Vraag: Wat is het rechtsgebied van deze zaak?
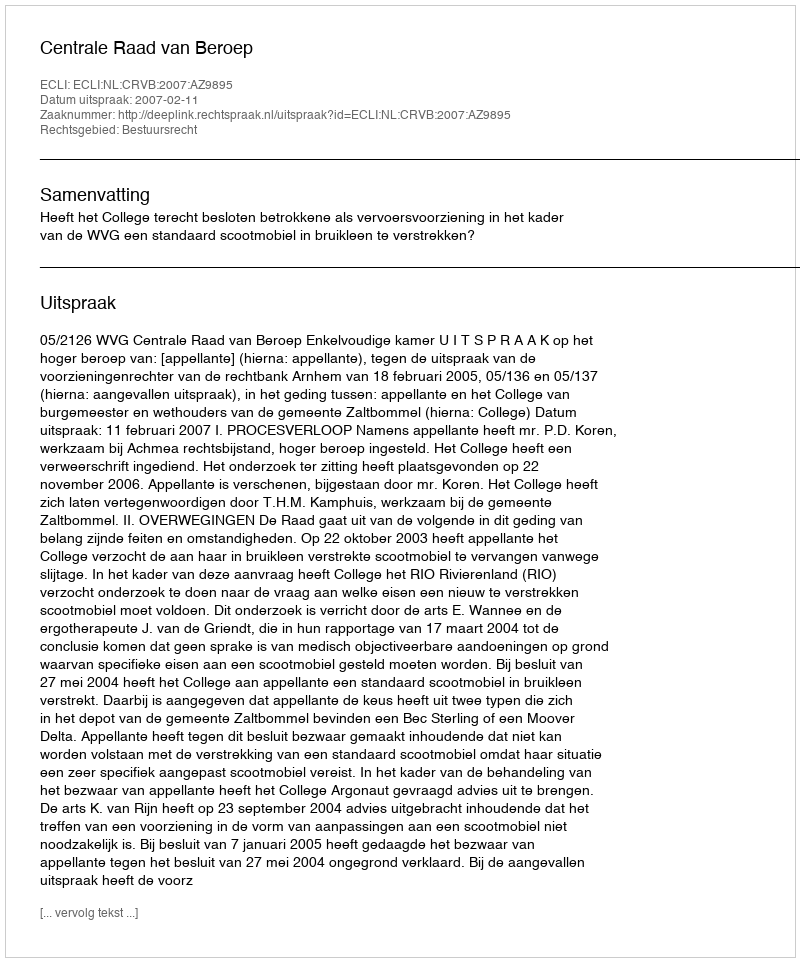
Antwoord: Bestuursrecht